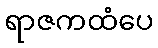
ရာဇကထံပေ